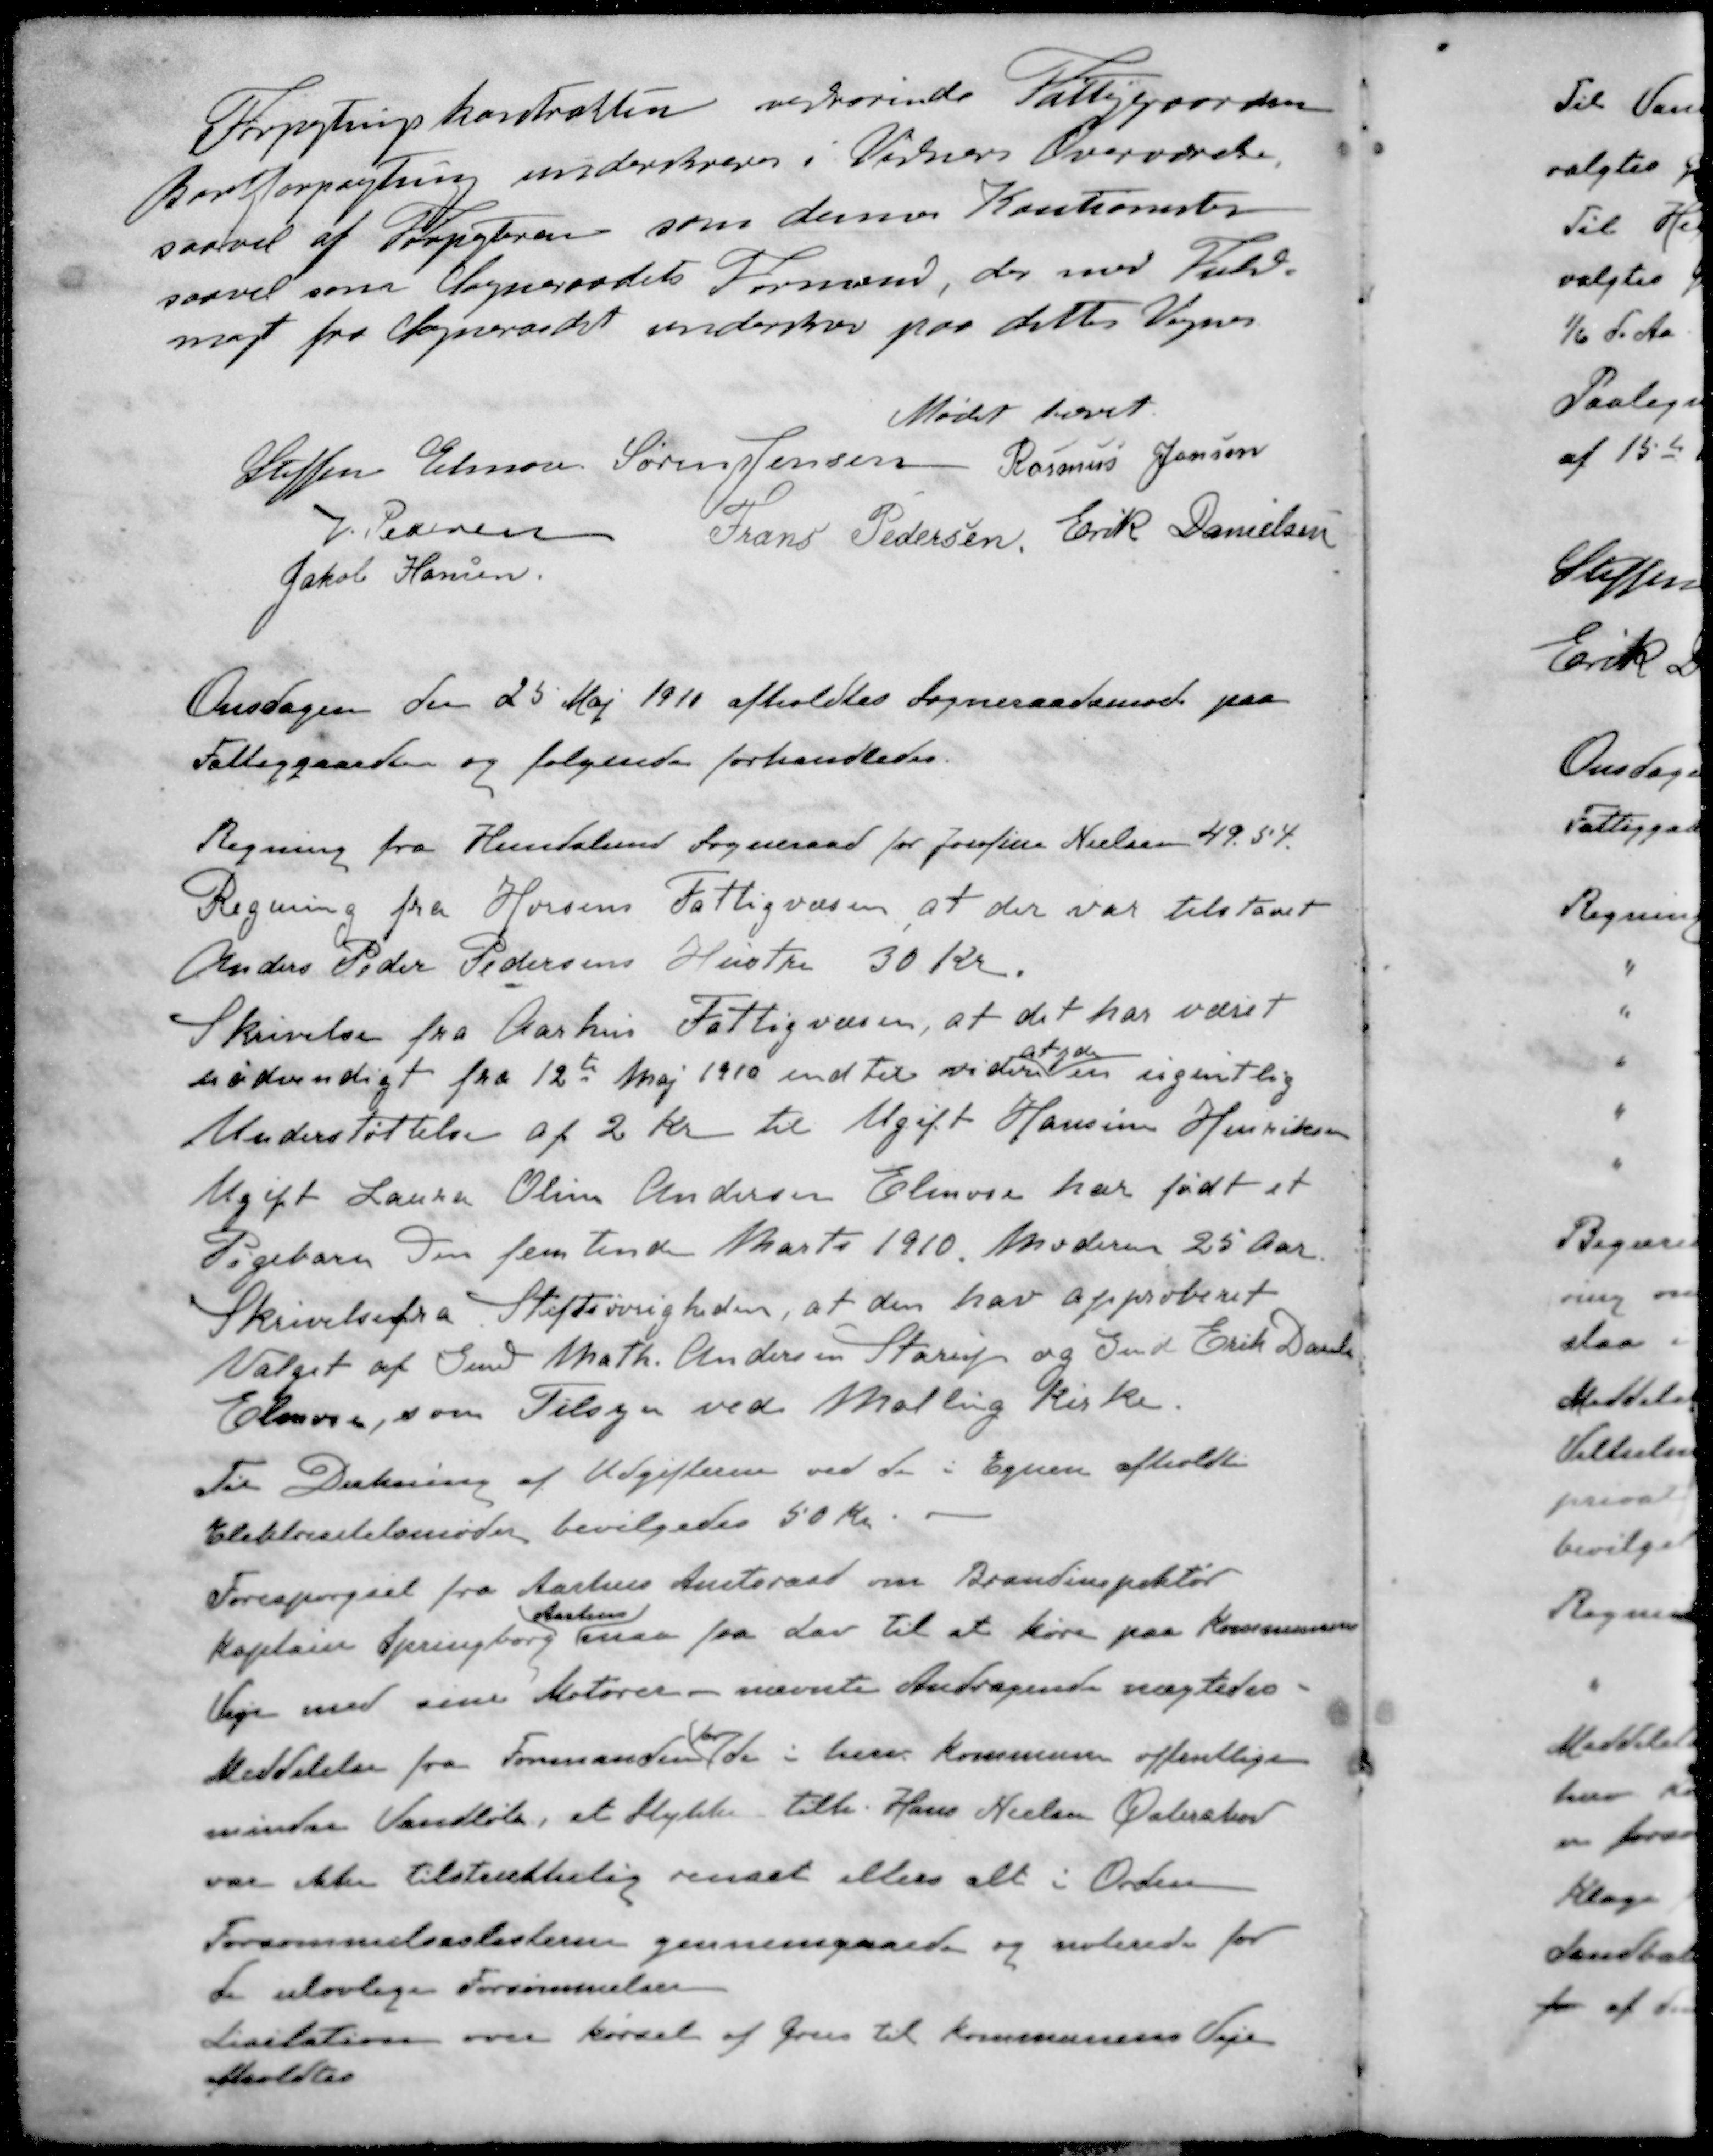
Transskription:
Forpagtningskontraften vedrørende Fattiggaarden
Bortforpagtning underskreves i Vidners Overværelse
saavel af Forpagteren som dennes Kautionister
saavel som Sogneraadets Formand, der med Fuld-
magt fra Sogneraadet underskrev paa dettes Vegne
Mødet hævet.
Steffen Elmose
Søren Jensen
Rasmus Jensen
V Pedersen
Frans Pedersen
Erik Danielsen
Jakob Hansen
Onsdagen den 25 Maj 1910 afholdtes Sogneraadsmøde paa
Fattiggaarden og følgende forhandledes.
Regning fra Hundslund Sogneraad for Josefine Nielsen 49.54
Regning fra Horsens Fattigvæsen at der var tilstaaet
Anders Peder Pedersens Hustru 30 Kr.
Skrivelse fra Aarhus Fattigvæsen, at det har været
at yde
nødvendigt fra 12te Maj 1910 ind til videre en ugentlig
Understøttelse af 2 Kr til Ugift Hansine Henriksen
Ugift Laura Oline Andersen Elmose har født et
Pigebarn den femtende Marts 1910. Moderen 25 Aar.
Skrivelse fra Stiftsøvrigheden, at den har approberet
Valget af Gmd Math. Andersen Starup og Gmd Erik Daniel
Elmose, som Tilsyn ved Malling Kirke.
Til Dækning af Udgifterne ved de i Egnen afholdte
Elektricitetsmøder bevilgedes 50 Kr. 
Forespørgsel fra Aarhus Amtsraad om Brandinspektør
Aarhus
Kaptain Springborg saa fra Lov til at køre paa Kommunens
Veje med sine Motorer - nævnte Andragende nægtedes.
for
Meddelelse fra Formanden de i herv Kommune offentlige
mindre Vandløb, at Stykke tilh. Hans Nielsen Østeskov
var ikke tilstrækkelig renset ellers alt i Orden
Forsømmelseslisterne gennemgaaede og noterede for
de ulovlige Forsømmelser
Licitation over kørsel af Grus til Kommunens Veje
afholdtes